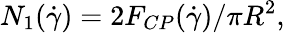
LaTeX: N_{1}(\dot{\gamma})=2F_{CP}(\dot{\gamma})/{\pi}R^{2},